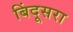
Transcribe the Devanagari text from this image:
बिंदूसरा